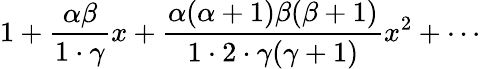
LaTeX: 1+{\frac{\alpha\beta}{1\cdot\gamma}}x+{\frac{\alpha(\alpha+1)\beta(\beta+1)}{1\cdot 2\cdot\gamma(\gamma+1)}}x^{2}+\cdots